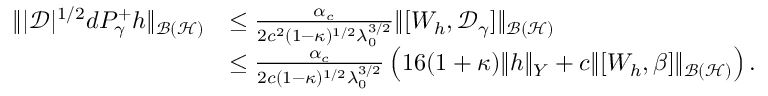
\begin{array} { r l } { \| | \mathcal D | ^ { 1 / 2 } d P _ { \gamma } ^ { + } h \| _ { \mathcal { B } ( \mathcal { H } ) } } & { \leq \frac { \alpha _ { c } } { 2 c ^ { 2 } ( 1 - \kappa ) ^ { 1 / 2 } \lambda _ { 0 } ^ { 3 / 2 } } \| [ W _ { h } , \mathcal D _ { \gamma } ] \| _ { \mathcal { B } ( \mathcal { H } ) } } \\ & { \leq \frac { \alpha _ { c } } { 2 c ( 1 - \kappa ) ^ { 1 / 2 } \lambda _ { 0 } ^ { 3 / 2 } } \left( 1 6 ( 1 + \kappa ) \| h \| _ { Y } + c \| [ W _ { h } , \beta ] \| _ { \mathcal { B } ( \mathcal { H } ) } \right) . } \end{array}